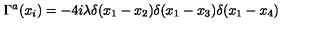
\Gamma ^ { a } ( x _ { i } ) = - 4 i \lambda \delta ( x _ { 1 } - x _ { 2 } ) \delta ( x _ { 1 } - x _ { 3 } ) \delta ( x _ { 1 } - x _ { 4 } )